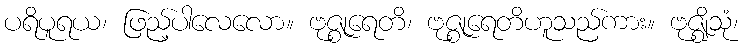
ပရိပူရယ၊ ဖြည့်ပါလေလော။ ဗုဇ္စုရေတိ၊ ဗုဇ္စုရေတိဟူသည်ကား။ ဗုဇ္ဈိသုံ၊